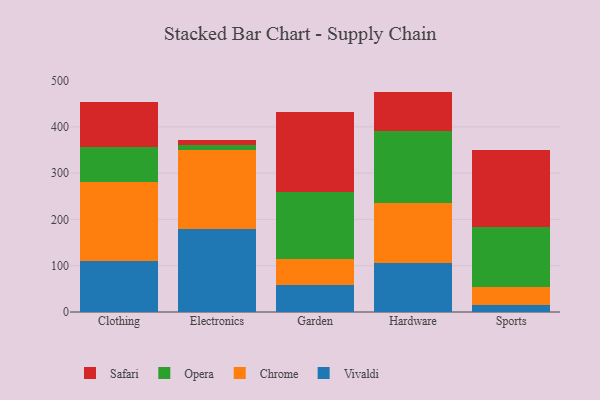
{"axis": {"x": "Category", "y": "Net Income (USD K)"}, "legend": ["Chrome", "Opera", "Safari", "Vivaldi"], "data": [{"x": "Clothing", "y": 110.6, "type": "Vivaldi"}, {"x": "Clothing", "y": 170.6, "type": "Chrome"}, {"x": "Clothing", "y": 75.0, "type": "Opera"}, {"x": "Clothing", "y": 98.5, "type": "Safari"}, {"x": "Electronics", "y": 178.3, "type": "Vivaldi"}, {"x": "Electronics", "y": 172.7, "type": "Chrome"}, {"x": "Electronics", "y": 10.4, "type": "Opera"}, {"x": "Electronics", "y": 9.1, "type": "Safari"}, {"x": "Garden", "y": 59.4, "type": "Vivaldi"}, {"x": "Garden", "y": 55.3, "type": "Chrome"}, {"x": "Garden", "y": 145.2, "type": "Opera"}, {"x": "Garden", "y": 171.3, "type": "Safari"}, {"x": "Hardware", "y": 106.6, "type": "Vivaldi"}, {"x": "Hardware", "y": 128.3, "type": "Chrome"}, {"x": "Hardware", "y": 155.5, "type": "Opera"}, {"x": "Hardware", "y": 85.7, "type": "Safari"}, {"x": "Sports", "y": 15.2, "type": "Vivaldi"}, {"x": "Sports", "y": 38.6, "type": "Chrome"}, {"x": "Sports", "y": 129.6, "type": "Opera"}, {"x": "Sports", "y": 165.7, "type": "Safari"}]}